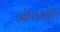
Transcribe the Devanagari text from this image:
ओवरड्रॉन